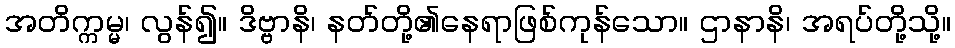
အတိက္ကမ္မ၊ လွန်၍။ ဒိဗ္ဗာနိ၊ နတ်တို့၏နေရာဖြစ်ကုန်သော။ ဌာနာနိ၊ အရပ်တို့သို့။